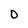
Character: O